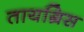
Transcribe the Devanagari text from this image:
तायग्रिस